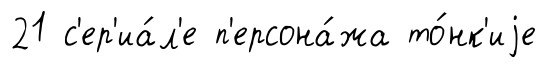
21 с'ер'иа́л'е п'ерсона́жа то́нк'иjе